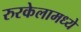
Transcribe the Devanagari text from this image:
रुरकेलामध्ये